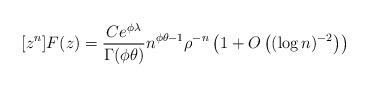
LaTeX: \begin{align*}[z^n]F(z) = \frac{Ce^{\phi \lambda }}{\Gamma(\phi \theta)}n^{\phi \theta-1} \rho^{-n}\left(1 + O\left((\log n)^{-2}\right)\right)\end{align*}